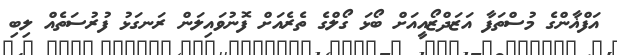
އަފްޣާންގެ މުސްތަފާ އަޒަދްޒޯއީއަށް ބޯޅަ ގޯލްގެ ތެރެއަށް ފޮނުވައިލަން ރަނގަޅު ފުރުސަތެއް ލިބި